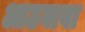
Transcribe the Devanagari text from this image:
आठवावा